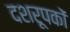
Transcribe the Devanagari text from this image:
दशरूपकों